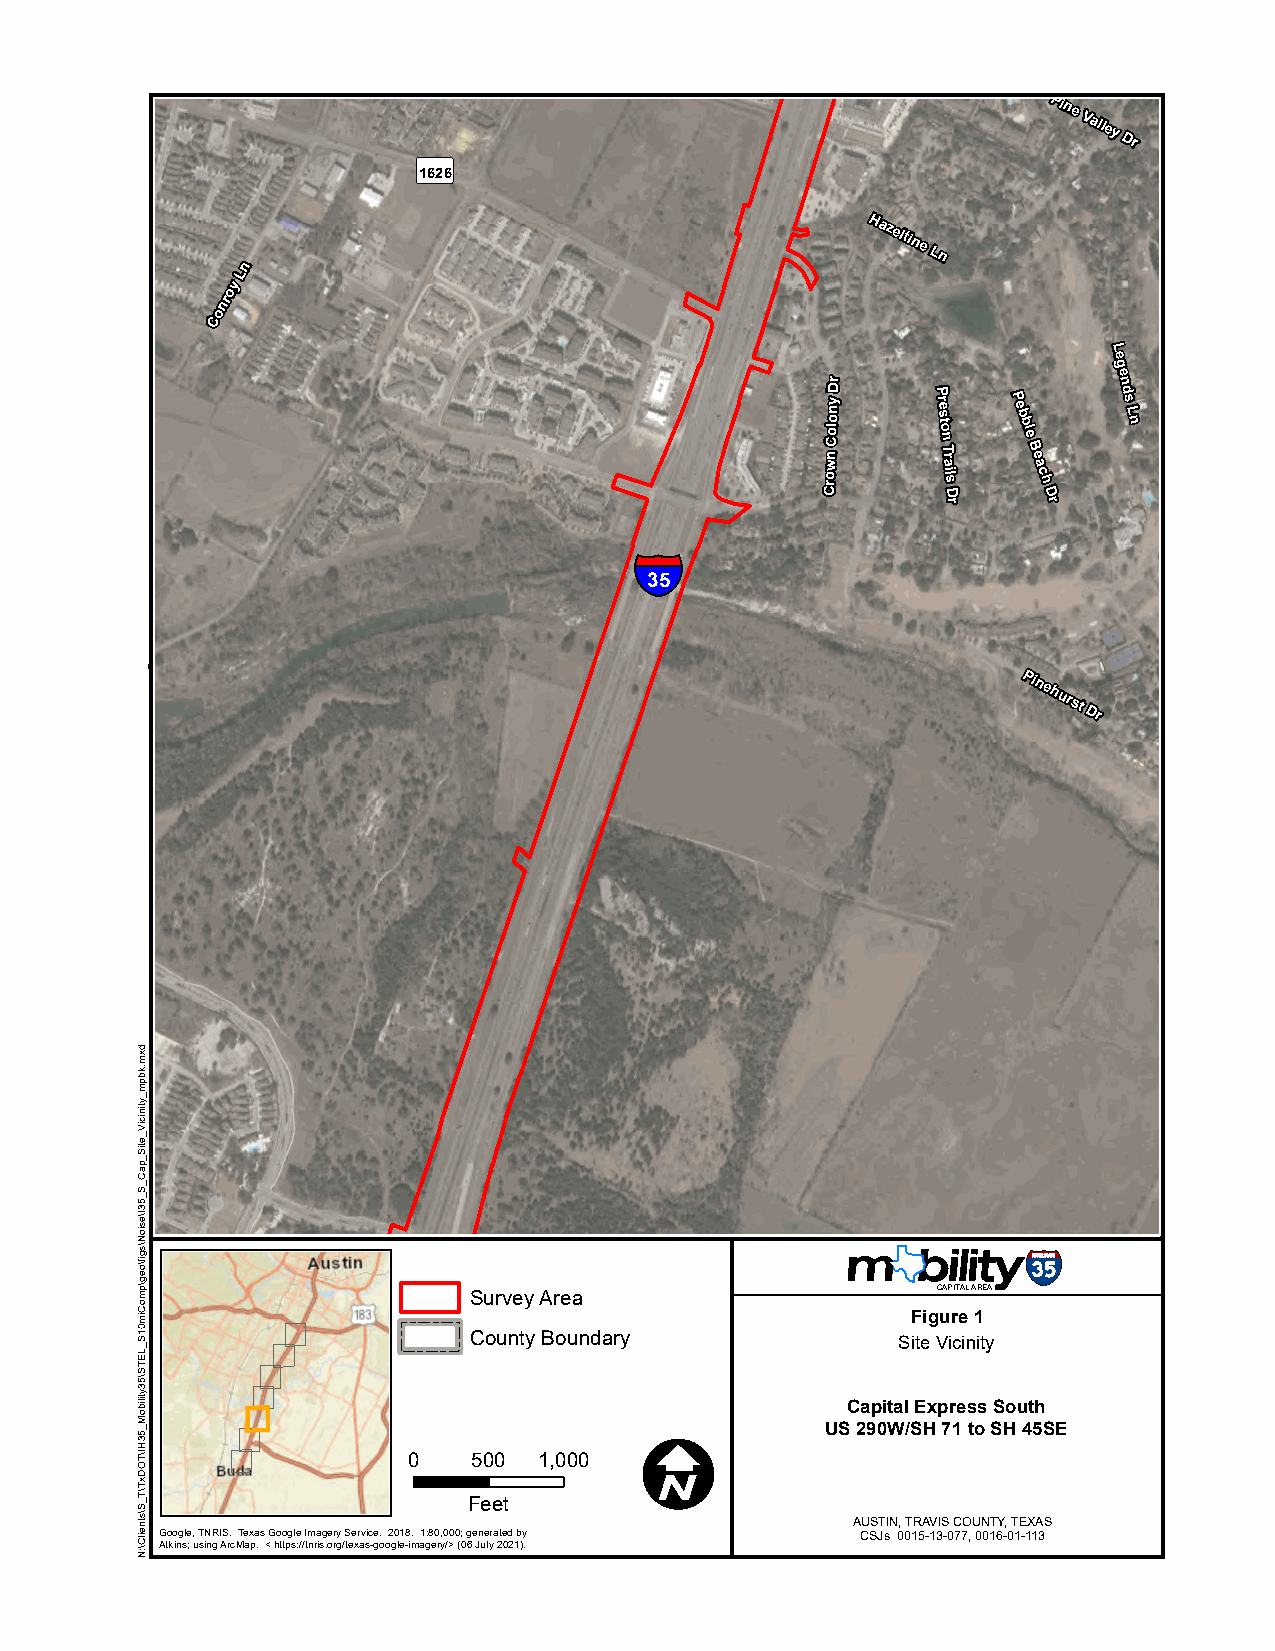
Å
 Pine
 Valley
 Dr
 1626
 n
 Hazeltine
 Ln
 L
 y
 o
 nr
 o
 C
 L
 e
 g
 Crown
 Colony
 Dr
 P
 re
 s to
 n
 T ra
 ils
 D
 P
 e b b
 le
 B e
 a c
 h
 D
 e n
 d
 s
 L n
 r      r
 §¨¦
 35
 Pinehurst
 Dr
 Survey Area                    CAPITAL AREA
 Figure 1
 County Boundary             Site Vicinity
 Capital Express South
 I           US 290W/SH 71 to SH 45SE
 0   500  1,000
 Feet
 AUSTIN, TRAVIS COUNTY, TEXAS
 Google, TNRIS. Texas Google Imagery Service. 2018. 1:80,000; generated by CSJs 0015-13-077, 0016-01-113
 Atkins; using ArcMap. < https://tnris.org/texas-google-imagery/> (06 July 2021).
 dxm.kbpm_ytiniciV_etiS_paC_S_53I\esioN\sgif\oeg\pmoCim01S_LETS\53ytiliboM_53HI\TODxT\T_S\stneilC\:N